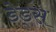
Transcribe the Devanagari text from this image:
डेड्स